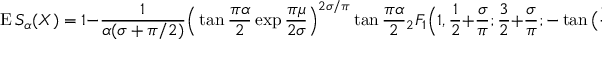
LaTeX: \operatorname { E } S _ { \alpha } ( X ) = 1 - { \frac { 1 } { \alpha ( \sigma + { \pi / 2 } ) } } { \Big ( } \tan { \frac { \pi \alpha } { 2 } } \exp { \frac { \pi \mu } { 2 \sigma } } { \Big ) } ^ { 2 \sigma / \pi } \tan { \frac { \pi \alpha } { 2 } } { _ { 2 } F _ { 1 } } { \Big ( } 1 , { \frac { 1 } { 2 } } + { \frac { \sigma } { \pi } } ; { \frac { 3 } { 2 } } + { \frac { \sigma } { \pi } } ; - \tan { \big ( } { \frac { \pi \alpha } { 2 } } { \big ) } ^ { 2 } { \Big ) }